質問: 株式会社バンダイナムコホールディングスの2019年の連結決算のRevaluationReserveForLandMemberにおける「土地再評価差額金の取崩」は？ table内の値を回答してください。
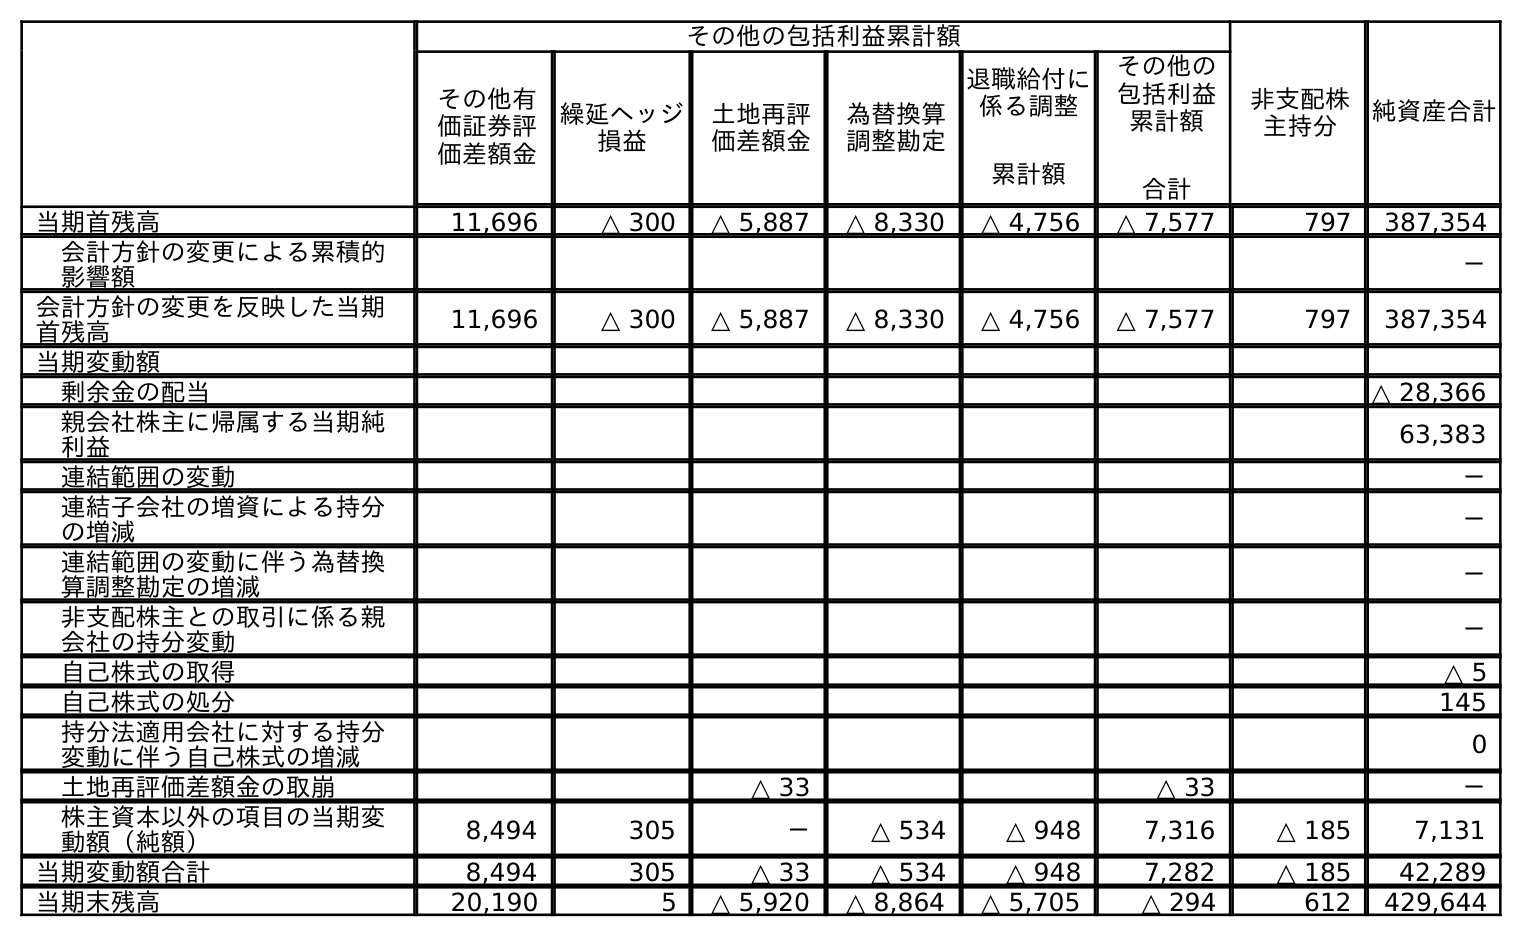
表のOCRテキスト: その他の包括利益累計額 非支配株 主持分 純資産合計 その他有 価証券評 価差額金 繰延ヘッジ 損益 土地再評 価差額金 為替換算 調整勘定 退職給付に 係る調整 累計額 その他の 包括利益 累計額 合計 当期首残高 11,696 △ 300 △ 5,887 △ 8,330 △ 4,756 △ 7,577 797 387,354 会計方針の変更による累積的 影響額 － 会計方針の変更を反映した当期 首残高 11,696 △ 300 △ 5,887 △ 8,330 △ 4,756 △ 7,577 797 387,354 当期変動額 剰余金の配当 △ 28,366 親会社株主に帰属する当期純 利益 63,383 連結範囲の変動 － 連結子会社の増資による持分 の増減 － 連結範囲の変動に伴う為替換 算調整勘定の増減 － 非支配株主との取引に係る親 会社の持分変動 － 自己株式の取得 △ 5 自己株式の処分 145 持分法適用会社に対する持分 変動に伴う自己株式の増減 0 土地再評価差額金の取崩 △ 33 △ 33 － 株主資本以外の項目の当期変 動額（純額） 8,494 305 － △ 534 △ 948 7,316 △ 185 7,131 当期変動額合計 8,494 305 △ 33 △ 534 △ 948 7,282 △ 185 42,289 当期末残高 20,190 5 △ 5,920 △ 8,864 △ 5,705 △ 294 612 429,644
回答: △33